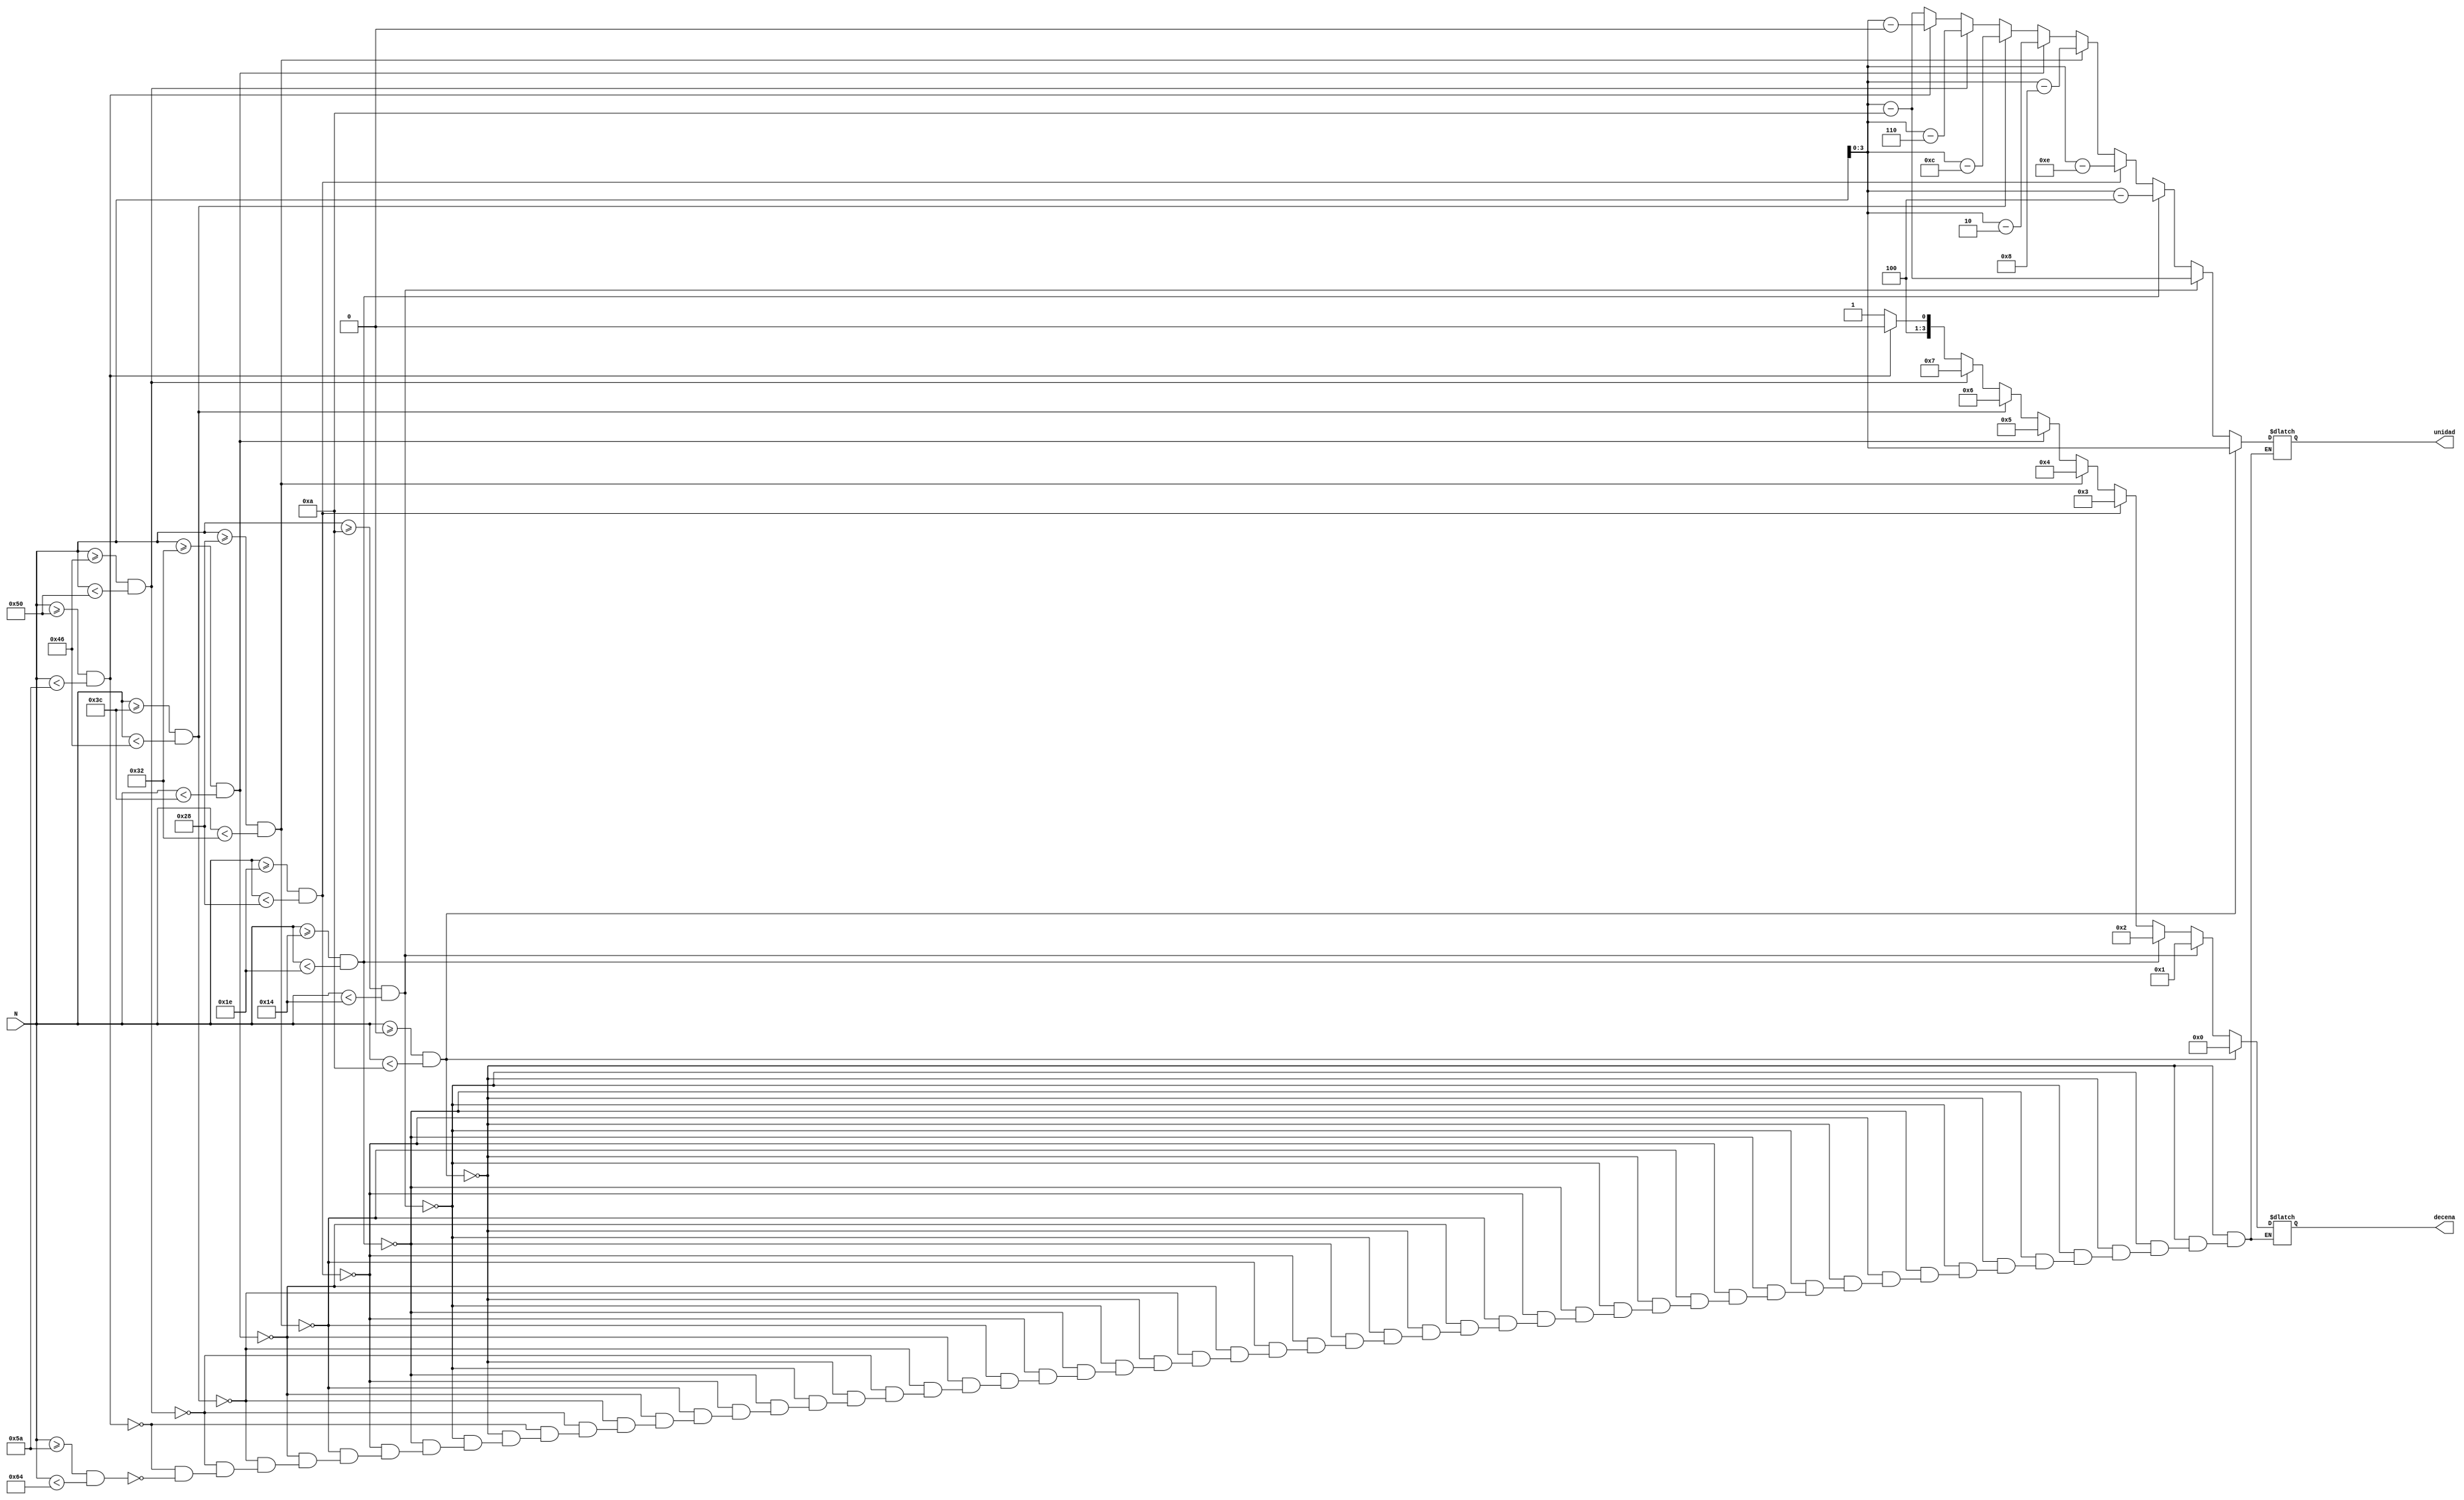
module digit_separator(
    input [6:0] N,
    output reg [3:0] decena, unidad
    );
    
    always @ (*)
        begin       
        if (N>=0 & N<10)
            begin
            decena = 4'd0;
            unidad = N;
            end
        else if (N>=10 & N<20)
            begin
            decena = 4'd1;
            unidad = N-10;
            end
        else if (N>=20 & N<30)
            begin
            decena = 4'd2;
            unidad = N-20;
            end
        else if (N>=30 & N<40)
            begin
            decena = 4'd3;
            unidad = N-30;
            end
        else if (N>=40 & N<50)
            begin
            decena = 4'd4;
            unidad = N-40;
            end
        else if (N>=50 & N<60)
            begin
            decena = 4'd5;
            unidad = N-50;
            end
        else if (N>=60 & N<70)
            begin
            decena = 4'd6;
            unidad = N-60;
            end
        else if (N>=70 & N<80)
            begin
            decena = 4'd7;
            unidad = N-70;
            end
        else if (N>=80 & N<90)
            begin
            decena = 4'd8;
            unidad = N-80;
            end
        else if (N>=90 & N<100)
            begin
            decena = 4'd9;
            unidad = N-90;
            end
        end
endmodule